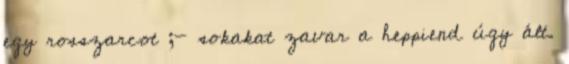
egy rosszarcot ;- sokakat zavar a heppiend úgy ált.